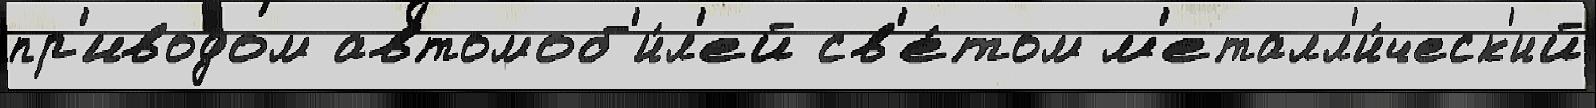
пр'иводом автомоб'и́л'ей св'е́том м'еталл'и́ческ'ий